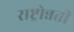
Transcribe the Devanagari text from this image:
राष्ट्रोन्नती